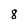
Character: 8